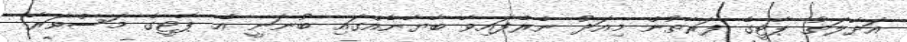
އަދާލަތު ޕާޓީގެ ފަރާތުން މިއަދު ނެރެފައިވާ ބާޔާނެއްގައި ބުނަނީ އެ ޕާޓީގެ މަސްވަރާ